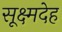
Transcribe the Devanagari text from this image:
सूक्ष्मदेह